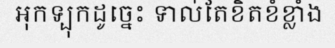
អុកទ្បុកដូច្នេះ ទាល់តែខិតខំខ្លាំង